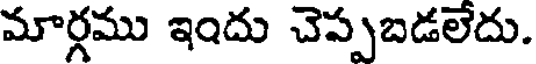
మార్గము ఇందు చెప్పబడలేదు.